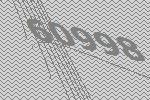
60998